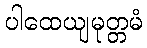
ပါထေယျမုတ္တမံ